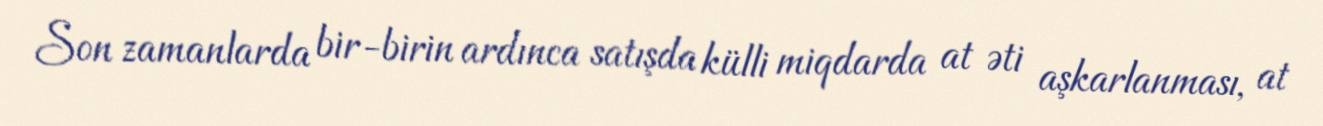
Son zamanlarda bir-birin ardınca satışda külli miqdarda at əti aşkarlanması, at